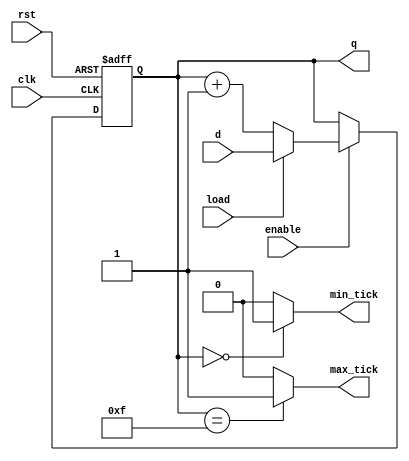
`timescale 1ns / 1ps
//////////////////////////////////////////////////////////////////////////////////
// Company: Tecnolgico de Costa Rica
// 
// Design Name: 
// Module Name: cont_test
// Project Name: 
// Target Devices: 
// Tool Versions: 
// Description: 
// 
//////////////////////////////////////////////////////////////////////////////////

module cont_test #(parameter W=4)(
    
    //INPUTS
    input wire clk,
    input wire rst,
    input wire load,
    input wire enable,
    input wire [W-1:0] d,
    //OUTPUTS
    output wire max_tick,
    output wire min_tick,
    output wire [W-1:0] q
    );

    reg [W-1:0] count;

    always @(posedge clk, posedge rst)
    begin
        if (rst)
            count <= 0;
        else if (enable)
        begin
            if (load)
            begin
                count <= d;
            end
            else
                count <= count + 1'b1;
        end
    end

    assign q = count;
    assign max_tick = (count == 2**W-1) ? 1'b1 : 1'b0;
    assign min_tick = (count == 0) ? 1'b1 : 1'b0;

endmodule